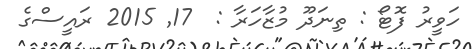
ހަވީރު ފޮޓޯ : ތިނަދޫ މުޒާހަރާ :  17